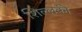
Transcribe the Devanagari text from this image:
शिल्लकी